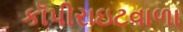
કૉપીરાઇટવાળા